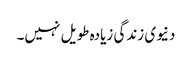
دنیوی زندگی زیادہ طویل نہیں۔